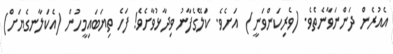
އެއުރެން ދަންނަވާނެތެވެ. (ވެރިކަންވަނީ)  އަށެވެ. ކަލޭގެފާނު ވިދާޅުވާށެވެ! ފަހެ ތިޔަބައިމީހުން (އެކަލާނގެޔަށް)